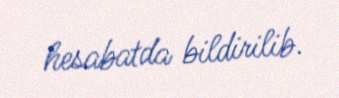
hesabatda bildirilib.